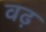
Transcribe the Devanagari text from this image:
वढ़